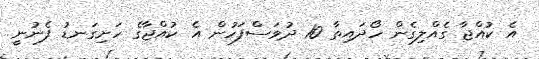
އެ ކުއްޖާ ގެއްލިގެން ހޯދައިތާ 10 ދުވަސްފަހުން އެ ކުއްޖާގެ ހަށިގަނޑު ފެނުނީ